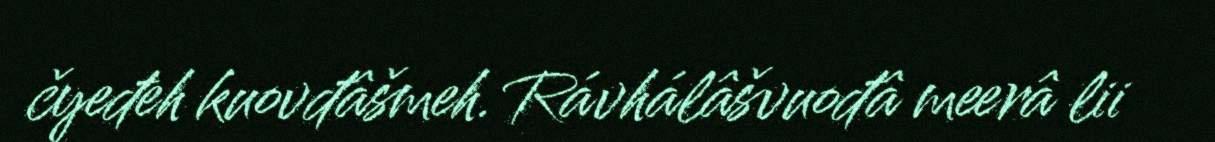
čyeđeh kuovđâšmeh. Rávhálâšvuođâ meerâ lii